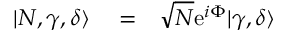
\begin{array} { r l r } { | N , \gamma , \delta \rangle } & { { } = } & { \sqrt { N } \mathrm { e } ^ { i \Phi } | \gamma , \delta \rangle } \end{array}